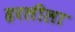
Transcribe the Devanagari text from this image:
हरलीला